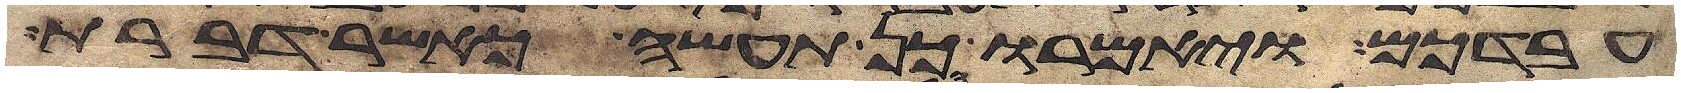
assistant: עבדכם ויאמרו כן תעשה כאשר דברת